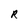
Character: R